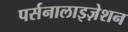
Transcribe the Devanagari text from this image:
पर्सनालाइज़ेशन